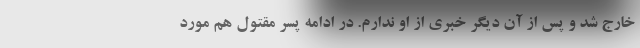
خارج شد و پس از آن دیگر خبری از او ندارم. در ادامه پسر مقتول هم مورد